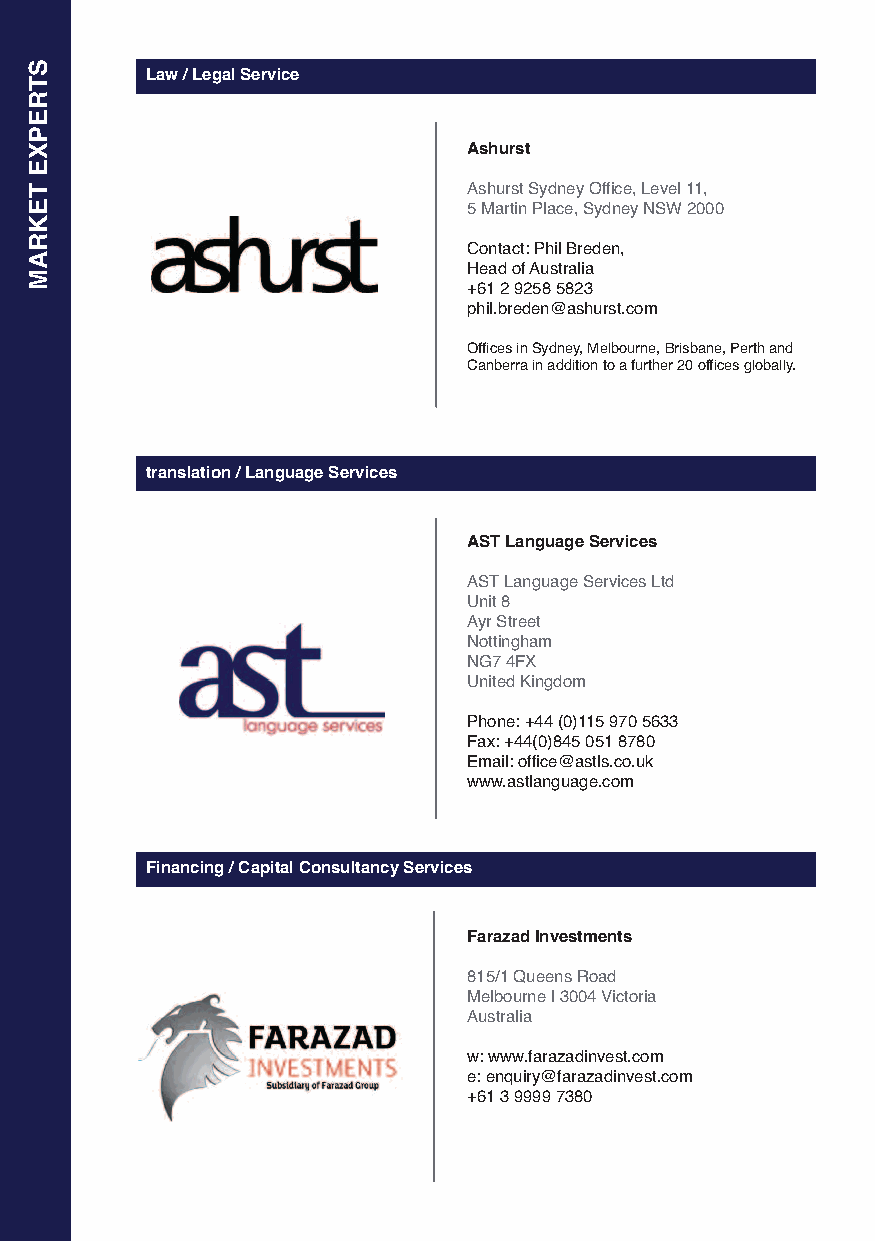
Law / Legal Service
 Ashurst
 Ashurst Sydney Office, Level 11,
 5 Martin Place, Sydney NSW 2000
 Contact: Phil Breden,
 Head of Australia
 +61 2 9258 5823
 phil.breden@ashurst.com
 Offices in Sydney, Melbourne, Brisbane, Perth and
 Canberra in addition to a further 20 offices globally.
 translation / Language Services
 AST Language Services
 AST Language Services Ltd
 Unit 8
 Ayr Street
 Nottingham
 NG7 4FX
 United Kingdom
 Phone: +44 (0)115 970 5633
 Fax: +44(0)845 051 8780
 Email: office@astls.co.uk
 www.astlanguage.com
 Financing / Capital Consultancy Services
 Farazad Investments
 815/1 Queens Road
 Melbourne | 3004 Victoria
 Australia
 w: www.farazadinvest.com
 e: enquiry@farazadinvest.com
 +61 3 9999 7380
 STREPxE
 TEKRAM